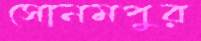
সোনমপুর